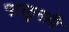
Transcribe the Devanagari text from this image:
पाळूनही